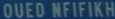
OUEDNFIKK